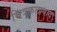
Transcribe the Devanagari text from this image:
चित्रकलावाद